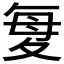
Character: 𫯋